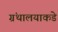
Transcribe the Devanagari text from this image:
ग्रंथालयाकडे